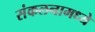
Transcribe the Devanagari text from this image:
संकलनामध्ये